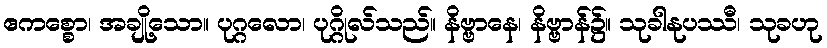
ဧကစ္စော၊ အချို့သော။ ပုဂ္ဂလော၊ ပုဂ္ဂိုလ်သည်။ နိဗ္ဗာနေ၊ နိဗ္ဗာန်၌။ သုခါနုပဿီ၊ သုခဟု